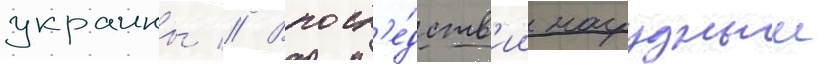
украины // Впосл'е́дств'ии нагрудныи